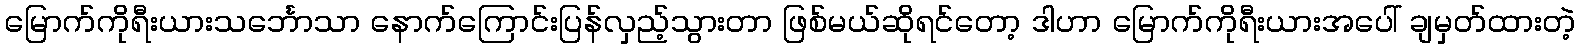
မြောက်ကိုရီးယားသင်္ဘောသာ နောက်ကြောင်းပြန်လှည့်သွားတာ ဖြစ်မယ်ဆိုရင်တော့ ဒါဟာ မြောက်ကိုရီးယားအပေါ် ချမှတ်ထားတဲ့